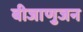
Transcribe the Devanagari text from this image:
बीजाणुजन